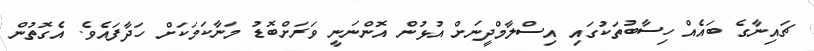
ޗައިނާގެ ބައެއް ހިސާބުތަކުގައި އިސްލާމްދީނަށް އުޅުން އޮންނަނީ ވަރަށްބޮޑު މަނާކަމަކަށް ހަދާފައެވެ. އެގޮތުން